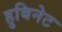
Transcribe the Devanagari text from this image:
हुबिनेट